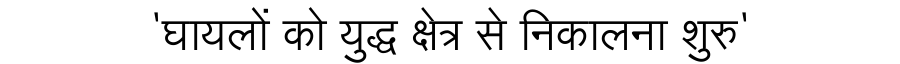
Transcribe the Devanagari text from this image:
'घायलों को युद्ध क्षेत्र से निकालना शुरु'